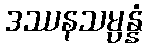
ဒဿနသမ္ပန္နံ